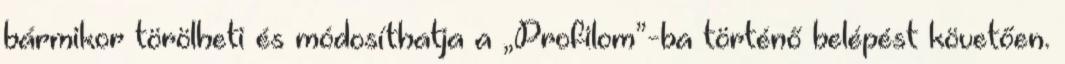
bármikor törölheti és módosíthatja a „Profilom”-ba történő belépést követően.